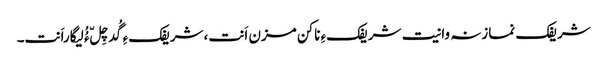
شریفک نمازنہ وانیت شریفکءِ ناکن مزن اَنت،شریفکءِ گُدچِلّ ءُُ لیگاراَنت۔